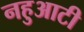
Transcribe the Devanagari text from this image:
नहुआटी